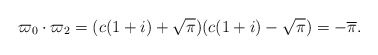
\begin{align*}\varpi_0\cdot\varpi_2 = (c(1+i)+\sqrt{\pi})(c(1+i)-\sqrt{\pi}) = -\overline{\pi}.\end{align*}